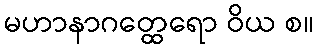
မဟာနာဂတ္ထေရော ဝိယ စ။